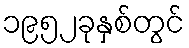
၁၉၅၂ခုနှစ်တွင်